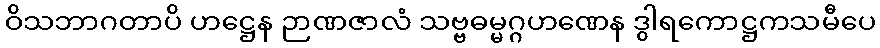
ဝိသဘာဂတာပိ ဟဋ္ဌေန ဉာဏဇာလံ သဗ္ဗဓမ္မဂ္ဂဟဏေန ဒွါရကောဋ္ဌကသမီပေ